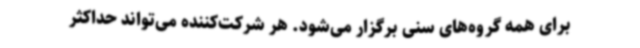
برای همه گروه‌های سنی برگزار می‌شود. هر شرکت‌کننده می‌تواند حداکثر